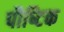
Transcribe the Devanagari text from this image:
पौष्‍िटक